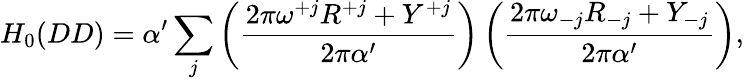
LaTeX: H_{0}(DD)=\alpha^{\prime}\sum_{j}\left(\frac{2\pi\omega^{+j}R^{+j}+Y^{+j}}{2\pi\alpha^{\prime}}\right)\left(\frac{2\pi\omega_{-j}R_{-j}+Y_{-j}}{2\pi\alpha^{\prime}}\right),